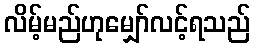
လိမ့်မည်ဟုမျှော်လင့်ရသည်